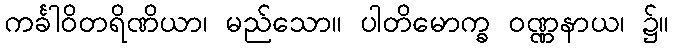
ကင်္ခါဝိတရိဏိယာ၊ မည်သော။ ပါတိမောက္ခ ဝဏ္ဏနာယ၊ ၌။